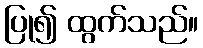
ပြု၍ ထွက်သည်။